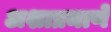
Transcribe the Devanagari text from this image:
अशाप्रमाणे